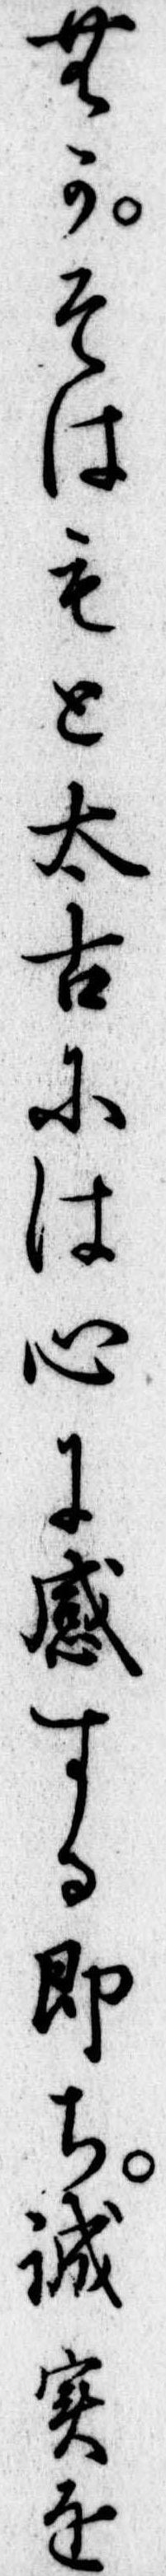
むかそはもと太古には心に感する即ち誠実を